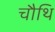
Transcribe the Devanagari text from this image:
चौथि